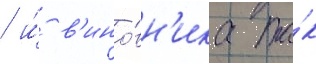
/ и́ в'ино́вн'ика та́к